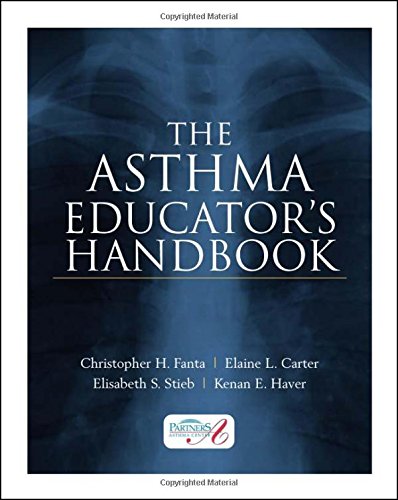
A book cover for The Asthma Educator's Handbook; Christopher Fanta; Medical Books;